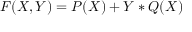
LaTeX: F ( X , Y ) = P ( X ) + Y * Q ( X )